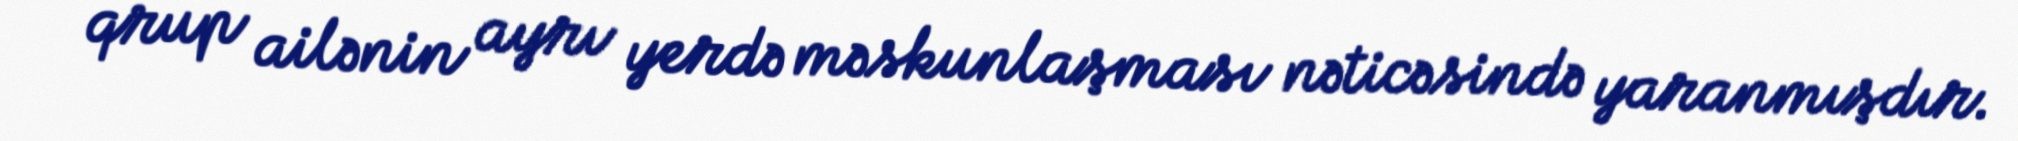
qrup ailənin ayrı yerdə məskunlaşması nəticəsində yaranmışdır.